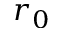
r _ { 0 }